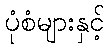
ပုံစံများနှင့်